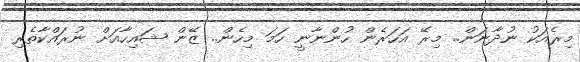
މިރެއަކު ނުދާނަން.. މިރޭ އަހަރެން ހުންނާނީ ހަމަ މިހެން.. ޒޭން ޝައިހާއަށް ނުރައްކާތެރި